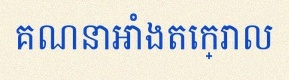
គណនាអាំងតេក្រាល